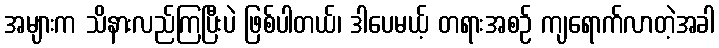
အများက သိနားလည်ကြပြီးပဲ ဖြစ်ပါတယ်၊ ဒါပေမယ့် တရားအစဉ် ကျရောက်လာတဲ့အခါ